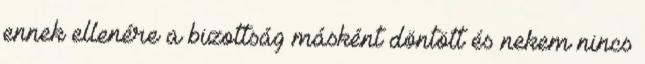
ennek ellenére a bizottság másként döntött és nekem nincs